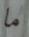
ما